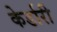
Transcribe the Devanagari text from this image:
केर्डारी